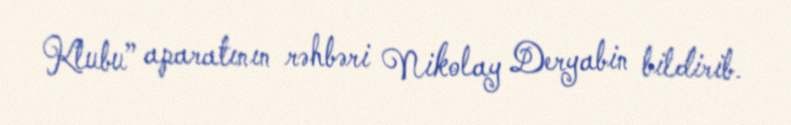
Klubu” aparatının rəhbəri Nikolay Deryabin bildirib.